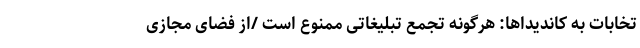
تخابات به کاندیداها: هرگونه تجمع تبلیغاتی ممنوع است /از فضای مجازی